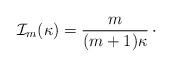
\begin{align*}{\cal I}_{m}(\kappa) = {m\over (m+1)\kappa }\,\cdotp\end{align*}